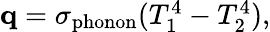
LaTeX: \begin{array}{r}{\mathbf q=\sigma_{\textrm{phonon}}(T_{1}^{4}-T_{2}^{4}),}\end{array}